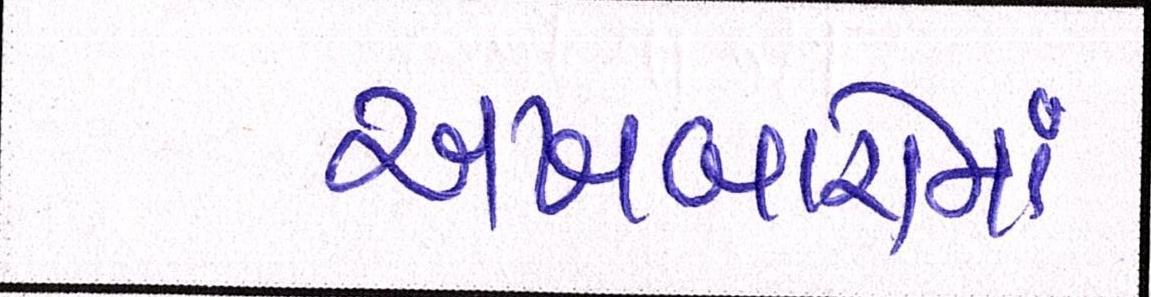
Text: અખબારોમાં